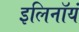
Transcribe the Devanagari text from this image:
इलिनॉयं